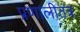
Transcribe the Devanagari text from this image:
प्रणालीतंत्र